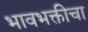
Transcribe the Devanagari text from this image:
भावभक्तीचा